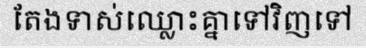
តែងទាស់ឈ្លោះគ្នាទៅវិញទៅ